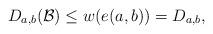
LaTeX: \begin{align*} D_{a,b}({\cal B}) \leq w(e(a,b))=D_{a,b},\end{align*}